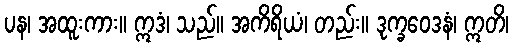
ပန၊ အထူးကား။ ဣဒံ၊ သည်။ အကိရိယံ၊ တည်း။ ဒုက္ခဝေဒနံ၊ ဣတိ၊